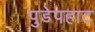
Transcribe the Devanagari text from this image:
पुडेपहाट